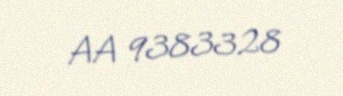
AA 9383328